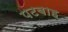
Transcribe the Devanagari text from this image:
पटबाह